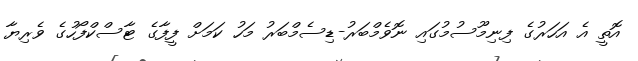
އޮތީ އެ އަަހަރުގެ ފިނިމޫސުމުގައި ނޮވެމްބަރު-ޑިސެމްބަރު މަހު ކަމަށް ފީފާގެ ޓާސްކްފޯހުގެ ވެރިޔާ